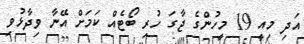
އަދި މިއީ 19 މީހުންގެ ޖާގަ ހުރި ބޯޓެއް ކަމަށް އޭނާ ވިދާޅުވި